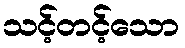
သင့်တင့်သော